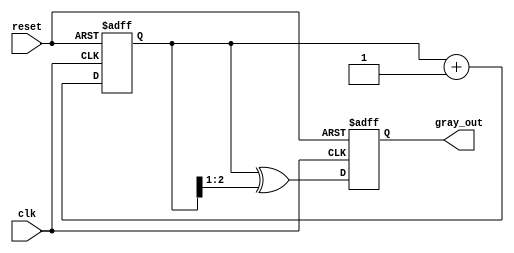
module gray_code_counter (
    input wire clk,            // Clock signal
    input wire reset,          // Asynchronous reset signal
    output reg [2:0] gray_out  // 3-bit Gray code output
);

    reg [2:0] binary_count;    // Internal binary counter

    // Asynchronous reset and counting on clock edge
    always @(posedge clk or posedge reset) begin
        if (reset) begin
            // Reset the binary count and Gray code output to 0
            binary_count <= 3'b000;
            gray_out <= 3'b000;
        end else begin
            // Increment the binary counter
            binary_count <= binary_count + 1;

            // Convert binary count to Gray code
            gray_out <= binary_count ^ (binary_count >> 1);
        end
    end

endmodule